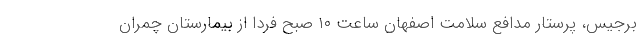
برجیس، پرستار مدافع سلامت اصفهان ساعت ۱۰ صبح فردا از بیمارستان چمران